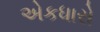
એકધારો